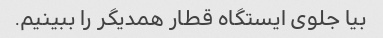
بیا جلوی ایستگاه قطار همدیگر را ببینیم.